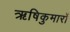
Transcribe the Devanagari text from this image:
ऋषिकुमारों